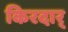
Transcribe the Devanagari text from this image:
किरदार्